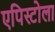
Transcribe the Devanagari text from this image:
एपिस्टोला